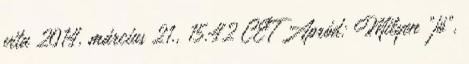
vita 2014. március 21., 15:42 CET Apród: Milyen "jó",